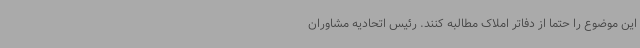
این موضوع را حتماً از دفاتر املاک مطالبه کنند. رئیس اتحادیه مشاوران